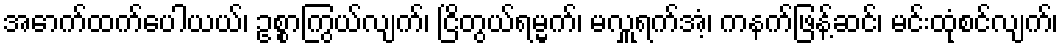
အောက်ထက်ပေါယယ်၊ ဥစ္စာကြွယ်လျက်၊ ငြိတွယ်ရမ္မက်၊ မလှူရက်အံ့၊ ကနက်ဖြန့်ဆင်၊ မင်းထုံစင်လျက်၊